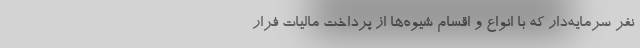
نفر سرمایه‌دار که با انواع و اقسام شیوه‌ها از پرداخت مالیات فرار